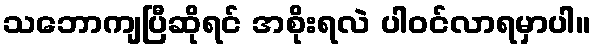
သဘောကျပြီဆိုရင် အစိုးရလဲ ပါဝင်လာရမှာပါ။